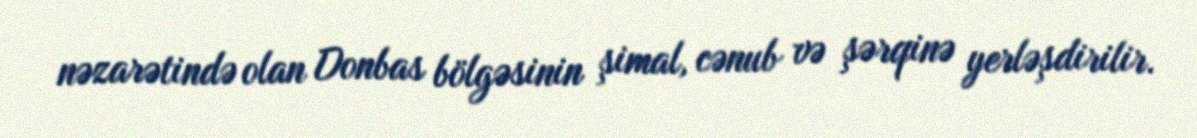
nəzarətində olan Donbas bölgəsinin şimal, cənub və şərqinə yerləşdirilir.